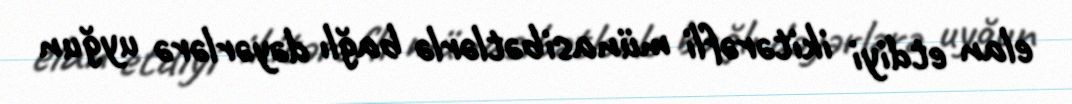
elan etdiyi ikitərəfli münasibətlərlə bağlı dəyərlərə uyğun